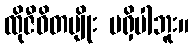
ထိုဇီဝိတမျိုး မရှိပါဘူး။